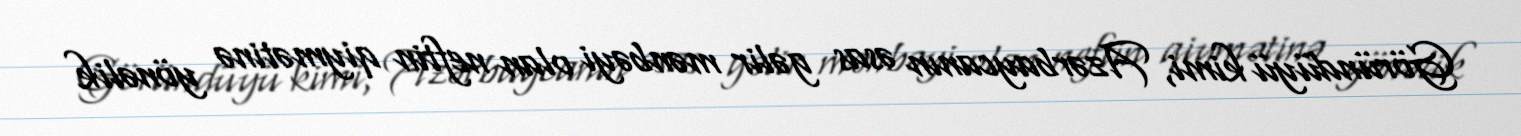
Göründüyü kimi, Azərbaycanın əsas gəlir mənbəyi olan neftin qiymətinə yönəlik